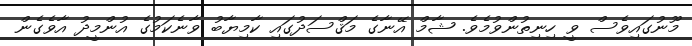
މޫނުގައިވެސް ވީ ހިނިތުންވުމެވެ. ޝާމް އޭނާގެ މަޤްސަދުގައި ކާމިޔާބު ވާނެކަމުގެ އުންމީދު އާވެގެން